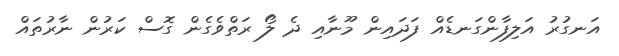
އަނގުރު އަލިފާންގަނޑެއް ފަދައިން މޫނާއި ދެ ލޯ ރަތްވެގެން ގޮސް ކަރުން ނާރުތައް